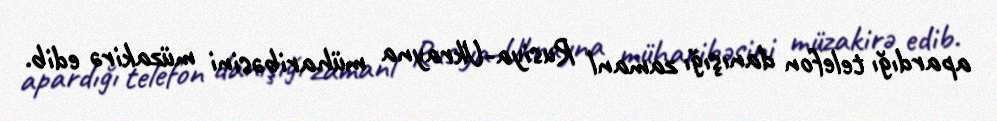
apardığı telefon danışığı zamanl Rusiya-Ukrayna müharibəsini müzakirə edib.